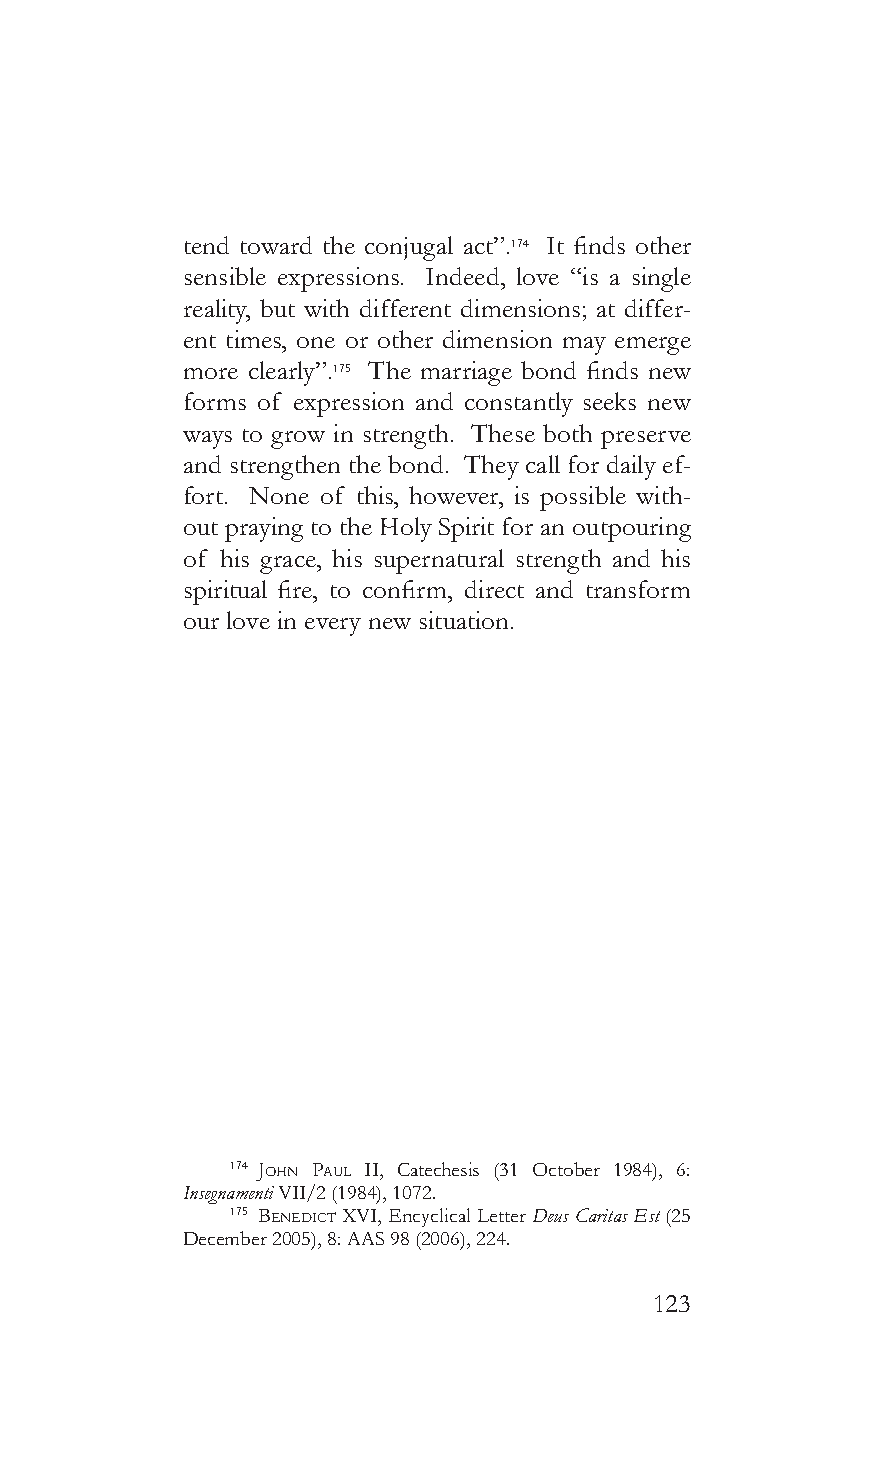
tend toward the conjugal act”.174 It finds other
 sensible expressions. Indeed, love “is a single
 reality, but with different dimensions; at differ-
 ent times, one or other dimension may emerge
 more clearly”.175 The marriage bond finds new
 forms of expression and constantly seeks new
 ways to grow in strength. These both preserve
 and strengthen the bond. They call for daily ef-
 fort. None of this, however, is possible with-
 out praying to the Holy Spirit for an outpouring
 of his grace, his supernatural strength and his
 spiritual fire, to confirm, direct and transform
 our love in every new situation.
 174 John pauL II, Catechesis (31 October 1984), 6:
 Insegnamenti VII/2 (1984), 1072.
 175 benedicT XVI, Encyclical Letter Deus Caritas Est (25
 December 2005), 8: AAS 98 (2006), 224.
 123